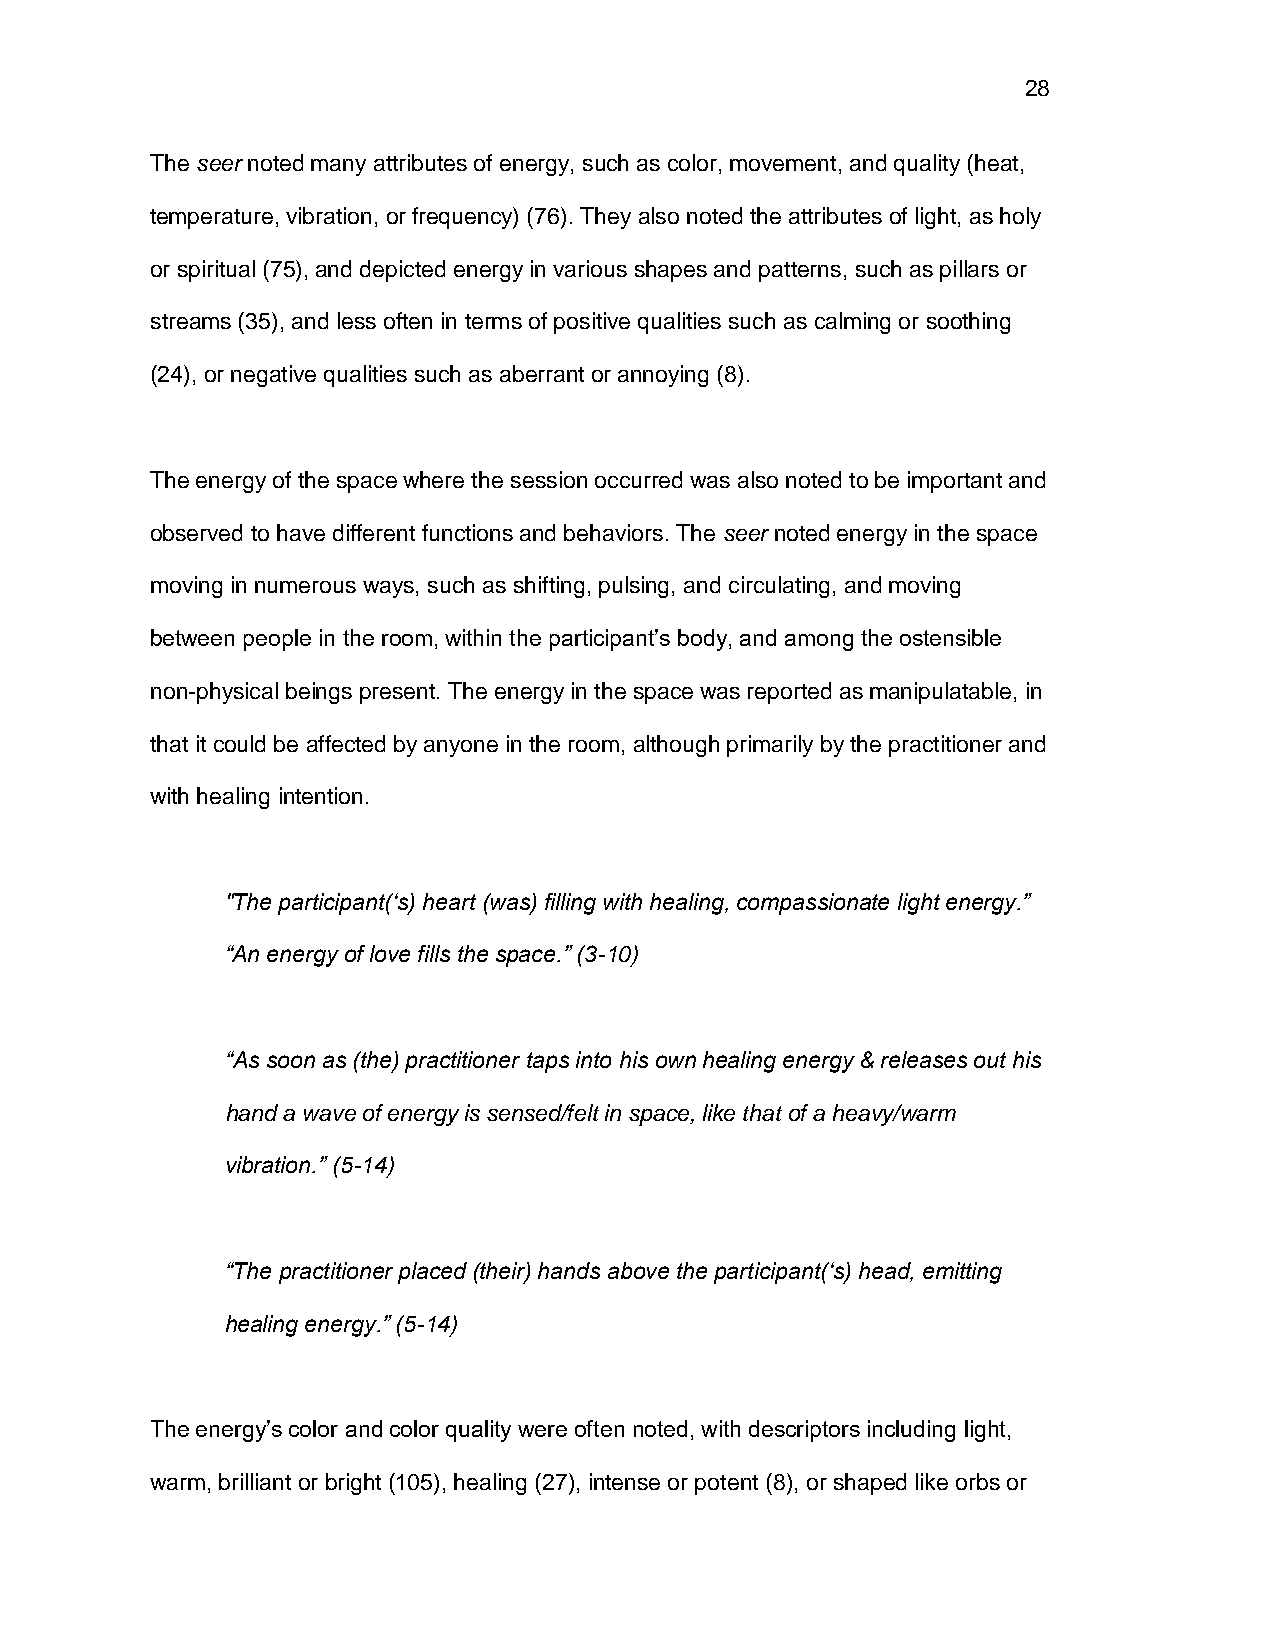
28
 The seer noted many attributes of energy, such as color, movement, and quality (heat,
 temperature, vibration, or frequency) (76). They also noted the attributes of light, as holy
 or spiritual (75), and depicted energy in various shapes and patterns, such as pillars or
 streams (35), and less often in terms of positive qualities such as calming or soothing
 (24), or negative qualities such as aberrant or annoying (8).
 The energy of the space where the session occurred was also noted to be important and
 observed to have different functions and behaviors. The seer noted energy in the space
 moving in numerous ways, such as shifting, pulsing, and circulating, and moving
 between people in the room, within the participant’s body, and among the ostensible
 non-physical beings present. The energy in the space was reported as manipulatable, in
 that it could be affected by anyone in the room, although primarily by the practitioner and
 with healing intention.
 "The participant(‘s) heart (was) filling with healing, compassionate light energy.”
 “An energy of love fills the space.” (3-10)
 “As soon as (the) practitioner taps into his own healing energy & releases out his
 hand a wave of energy is sensed/felt in space, like that of a heavy/warm
 vibration.” (5-14)
 “The practitioner placed (their) hands above the participant(‘s) head, emitting
 healing energy.” (5-14)
 The energy’s color and color quality were often noted, with descriptors including light,
 warm, brilliant or bright (105), healing (27), intense or potent (8), or shaped like orbs or